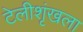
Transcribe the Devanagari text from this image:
टेलीशृंखला